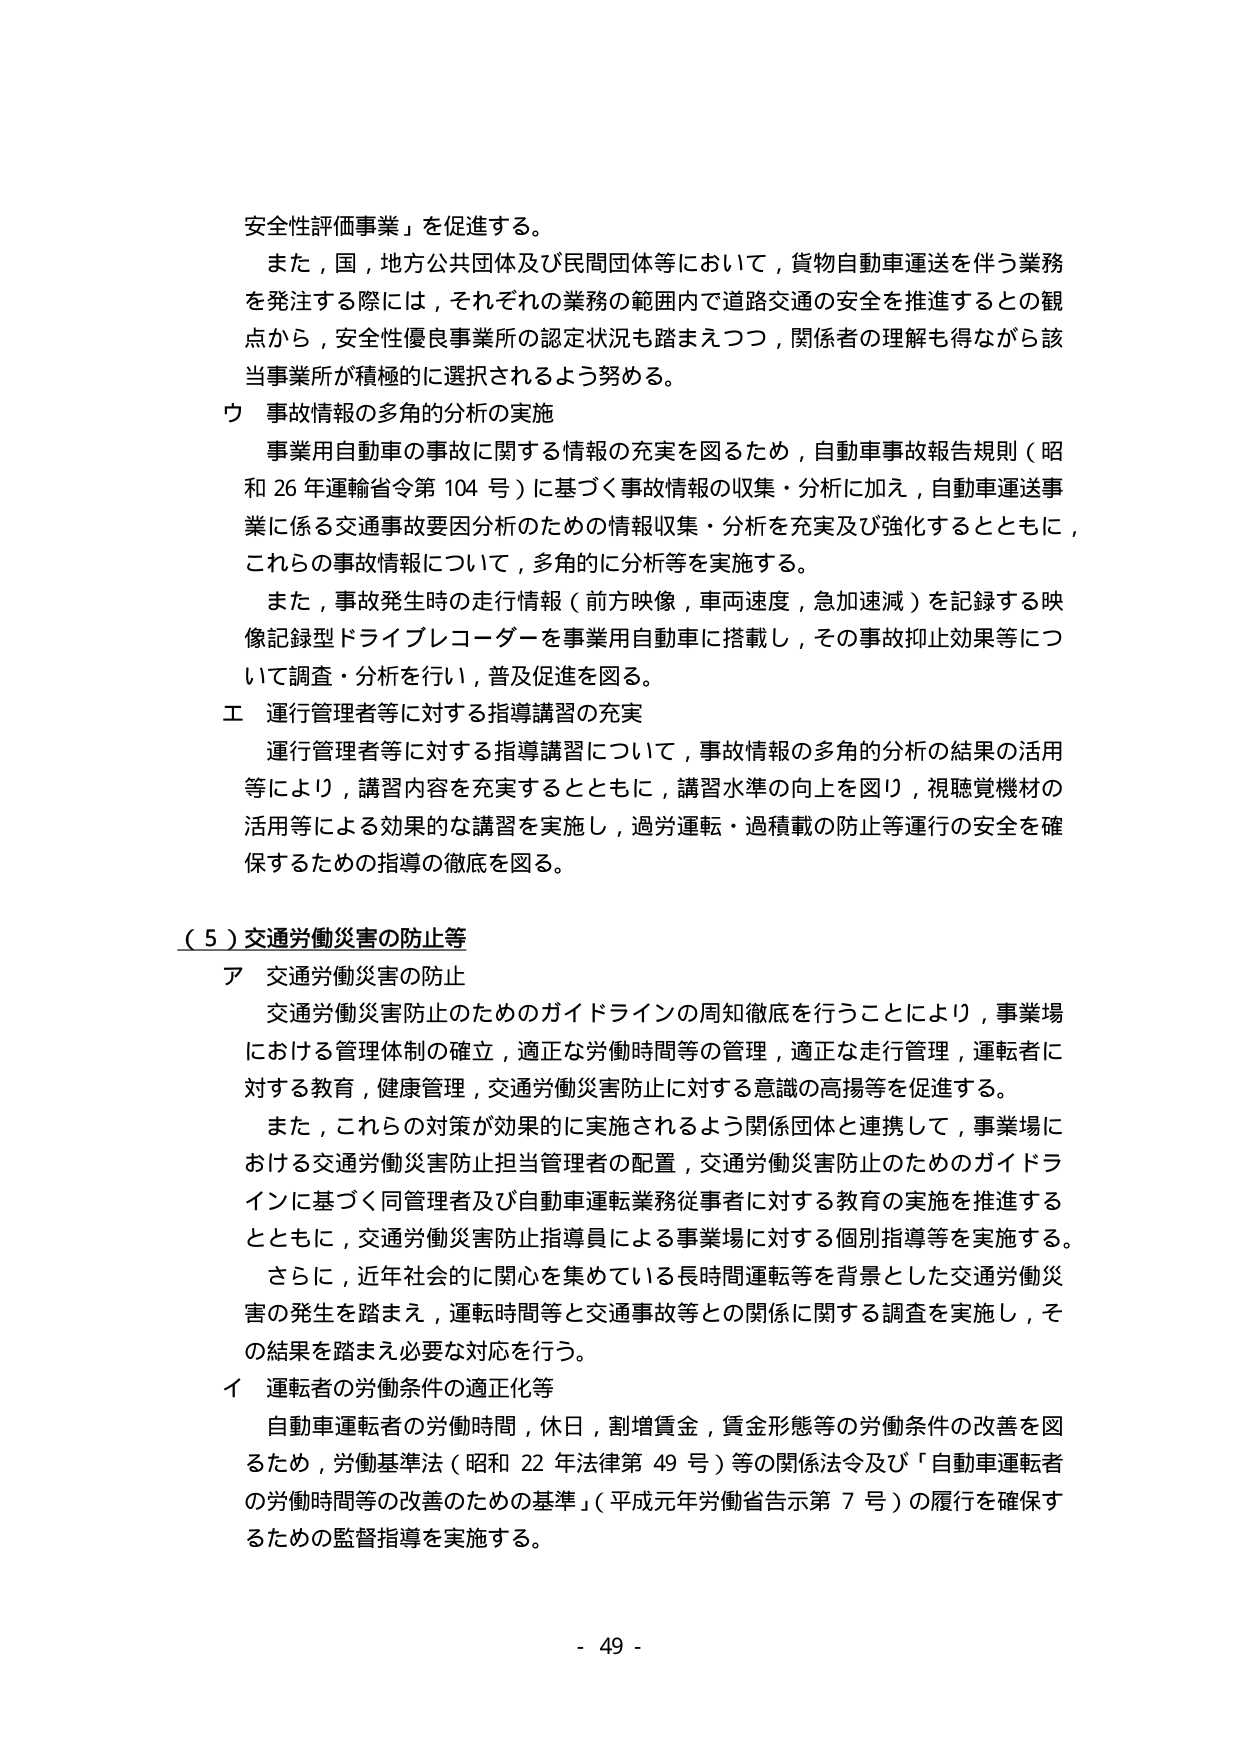
安全性評価事業」を促進する。

また，国，地方公共団体及び民間団体等において，貨物自動車運送を伴う業務を発注する際には，それぞれの業務の範囲内で道路交通の安全を推進するとの観点から，安全性優良事業所の認定状況も踏まえつつ，関係者の理解も得ながら該当事業所が積極的に選択されるよう努める。

ウ 事故情報の多角的分析の実施

事業用自動車の事故に関する情報の充実を図るため，自動車事故報告規則（昭和26年運輸省令第104号）に基づく事故情報の収集・分析に加え，自動車運送事業に係る交通事故要因分析のための情報収集・分析を充実及び強化するとともに，これらの事故情報について，多角的に分析等を実施する。

また，事故発生時の走行情報（前方映像，車両速度，急加速減）を記録する映像記録型ドライブレコーダーを事業用自動車に搭載し，その事故抑止効果等について調査・分析を行い，普及促進を図る。

エ 運行管理者等に対する指導講習の充実

運行管理者等に対する指導講習について，事故情報の多角的分析の結果の活用等により，講習内容を充実するとともに，講習水準の向上を図り，視聴覚機材の活用等による効果的な講習を実施し，過労運転・過積載の防止等運行の安全を確保するための指導の徹底を図る。

（５）交通労働災害の防止等

ア 交通労働災害の防止

交通労働災害防止のためのガイドラインの周知徹底を行うことにより，事業場における管理体制の確立，適正な労働時間等の管理，適正な走行管理，運転者に対する教育，健康管理，交通労働災害防止に対する意識の高揚等を促進する。

また，これらの対策が効果的に実施されるよう関係団体と連携して，事業場における交通労働災害防止担当管理者の配置，交通労働災害防止のためのガイドラインに基づく同管理者及び自動車運転業務従事者に対する教育の実施を推進するとともに，交通労働災害防止指導員による事業場に対する個別指導等を実施する。

さらに，近年社会的に関心を集めている長時間運転等を背景とした交通労働災害の発生を踏まえ，運転時間等と交通事故等との関係に関する調査を実施し，その結果を踏まえ必要な対応を行う。

イ 運転者の労働条件の適正化等

自動車運転者の労働時間，休日，割増賃金，賃金形態等の労働条件の改善を図るため，労働基準法（昭和22年法律第49号）等の関係法令及び「自動車運転者の労働時間等の改善のための基準」（平成元年労働省告示第7号）の履行を確保するための監督指導を実施する。

- 49 -